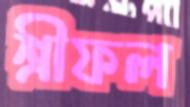
শ্রীফল